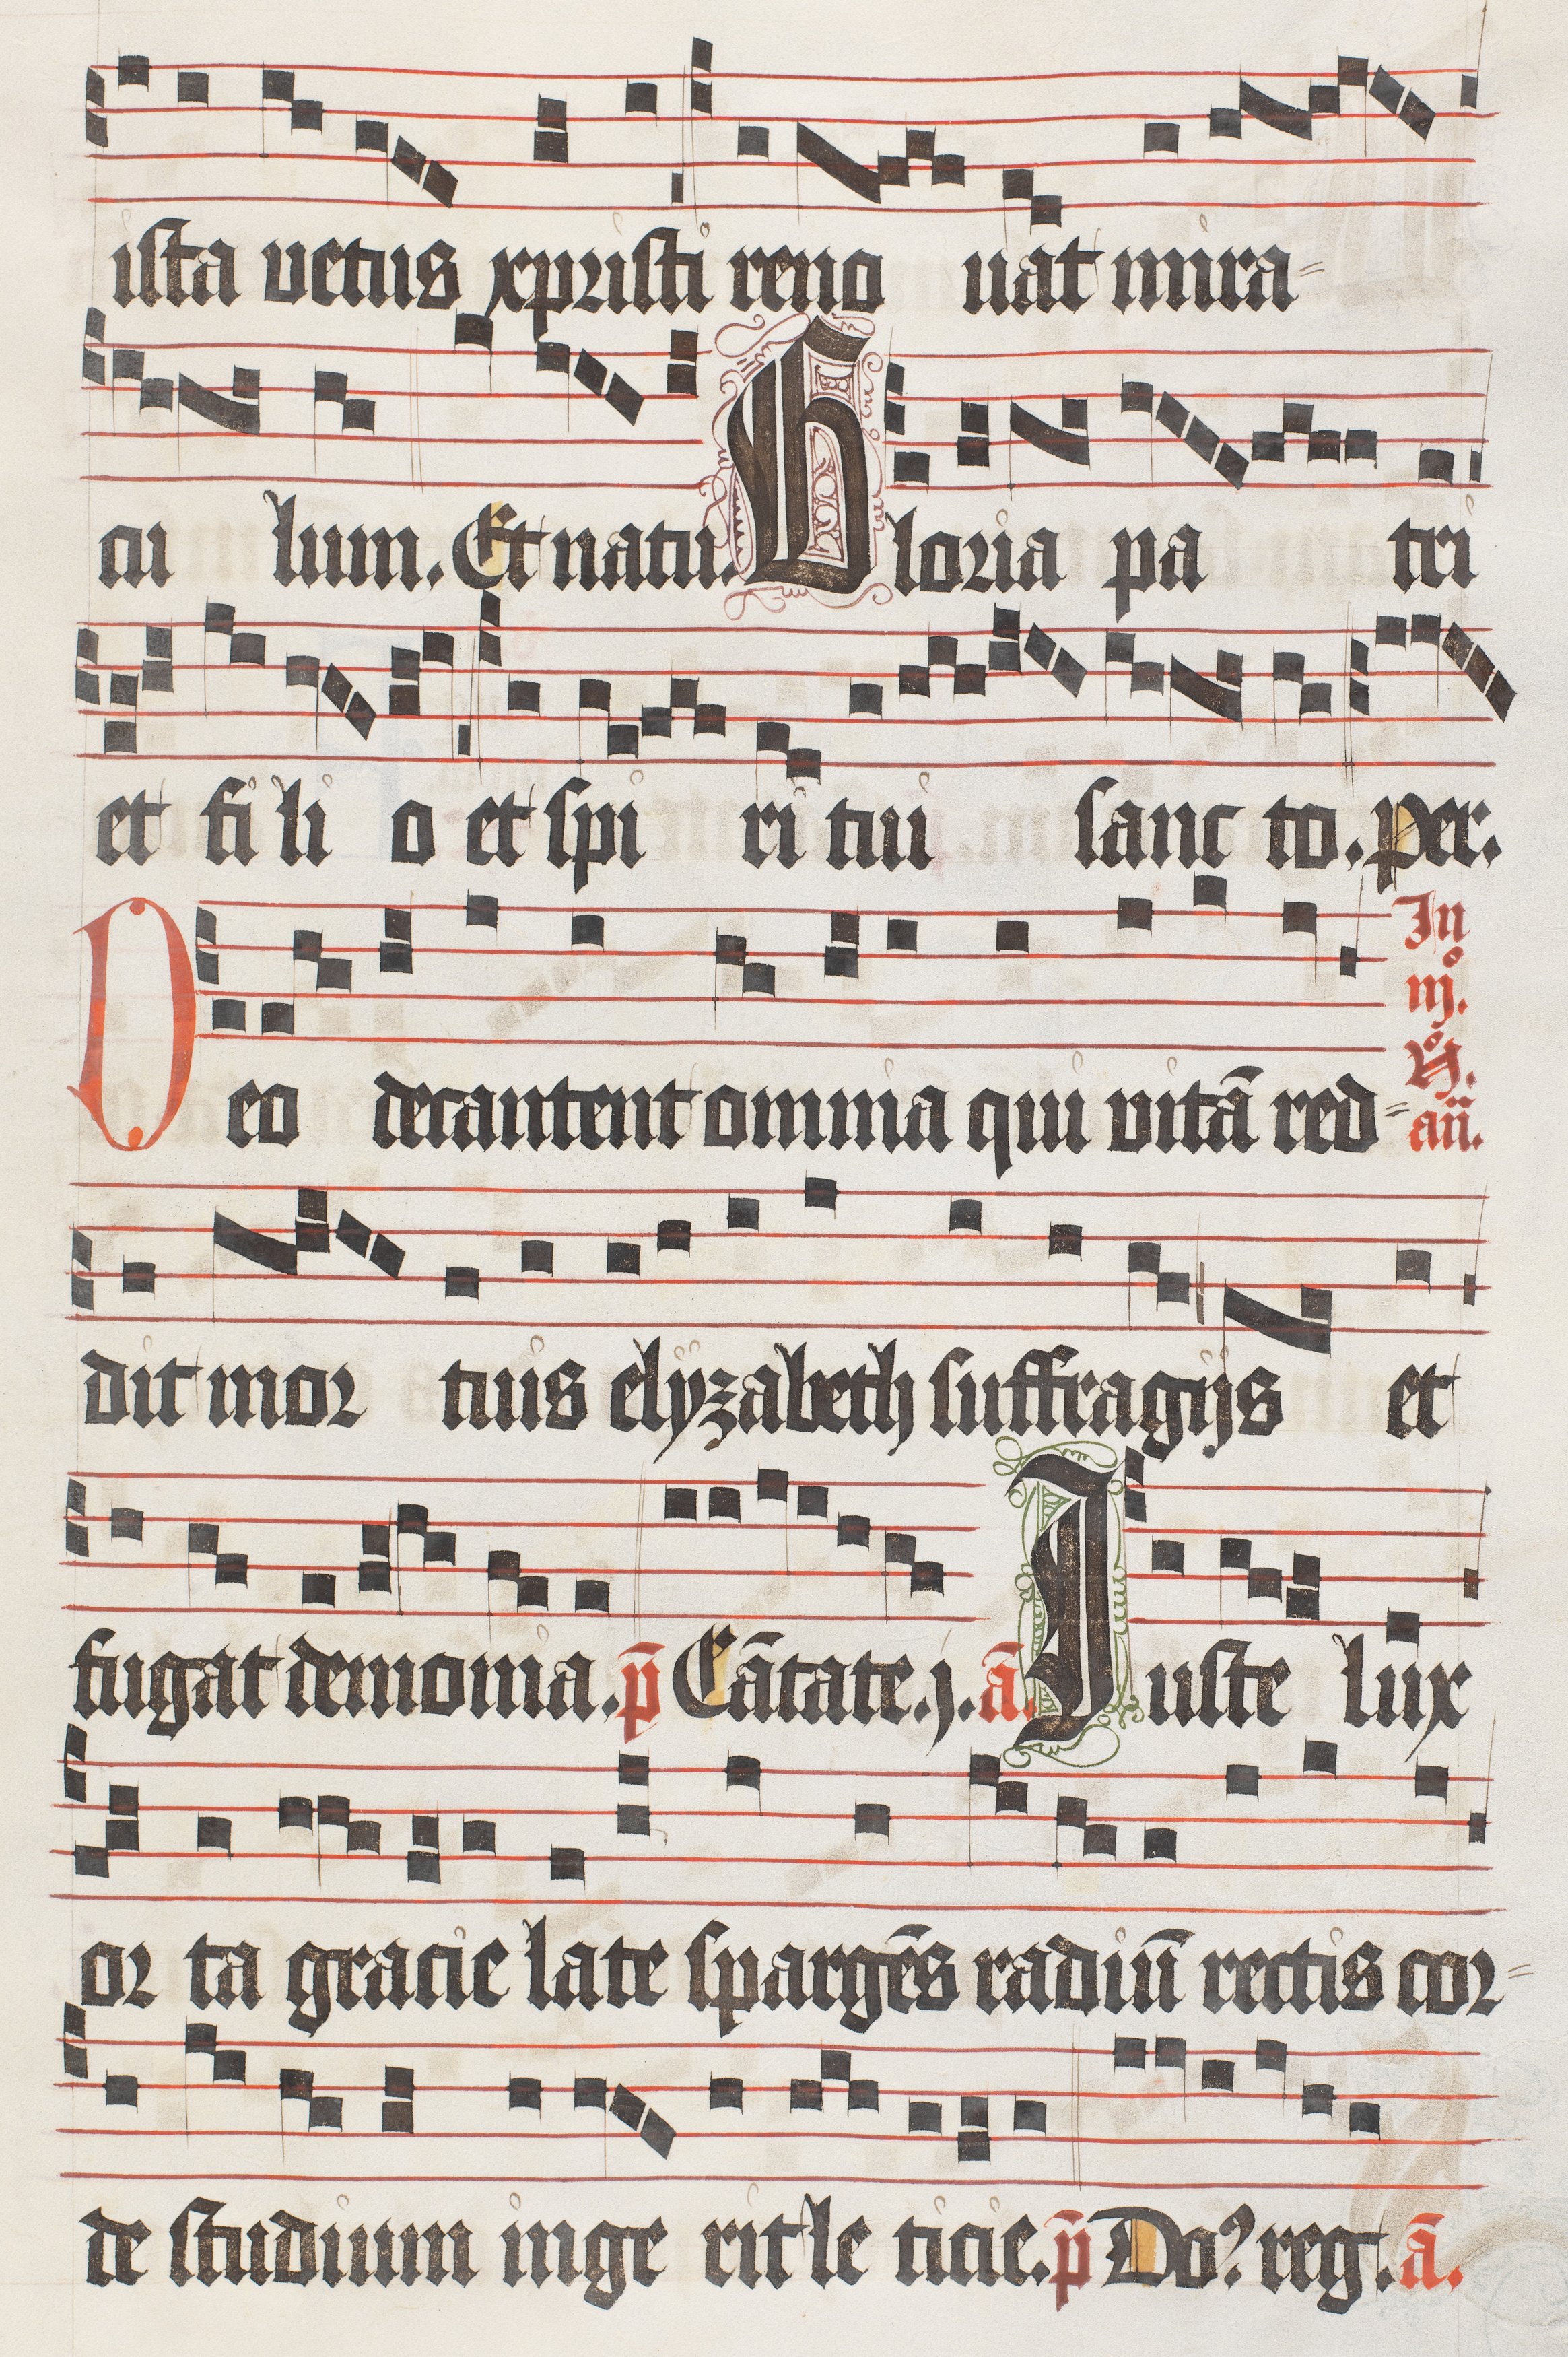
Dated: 1474–1505